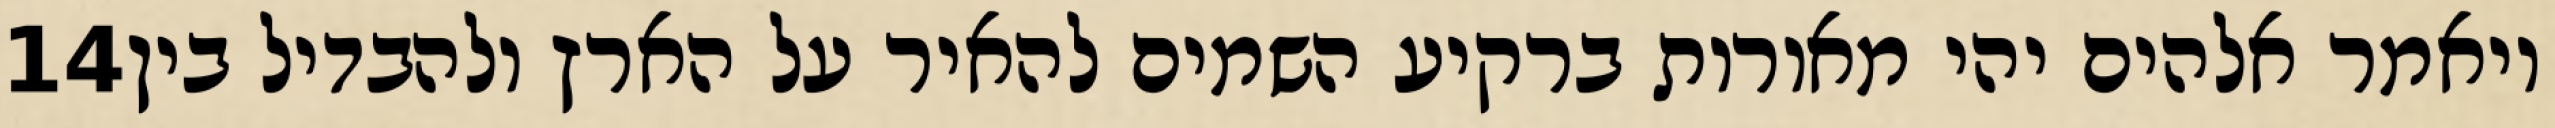
‎14‏ ויאמר אלהים יהי מאורות ברקיע השמים להאיר על הארץ ולהבדיל בין